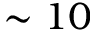
\sim 1 0